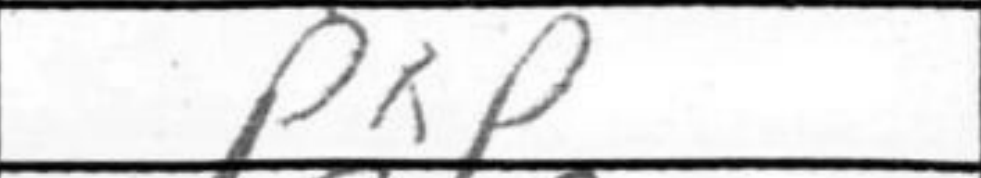
Transcription: PxP